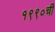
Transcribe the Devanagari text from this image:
१९९०ची